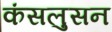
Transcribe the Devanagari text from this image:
कंसलुसन